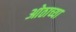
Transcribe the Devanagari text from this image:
ओठाच्या